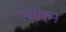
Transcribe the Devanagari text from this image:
ल्यांकन